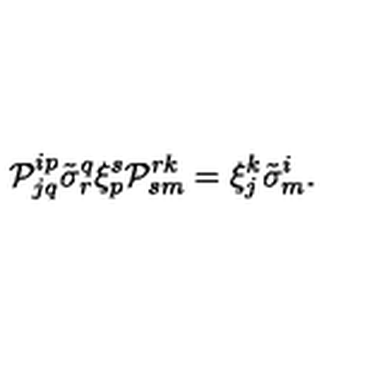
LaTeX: { \cal P } _ { j q } ^ { i p } \tilde { \sigma } _ { r } ^ { q } \xi _ { p } ^ { s } { \cal P } _ { s m } ^ { r k } = \xi _ { j } ^ { k } \tilde { \sigma } _ { m } ^ { i } .